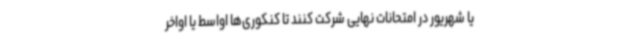
یا شهریور در امتحانات نهایی شرکت کنند تا کنکوری‌ها اواسط یا اواخر